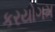
કરયોગમ